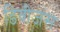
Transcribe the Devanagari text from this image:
डिवीजंस